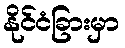
နိုင်ငံခြားမှာ